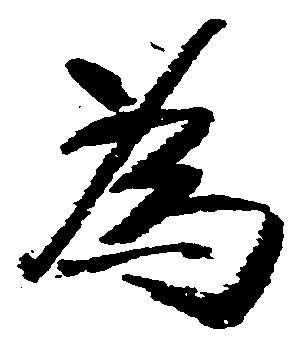
為